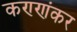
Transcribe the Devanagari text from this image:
कण्णंकर